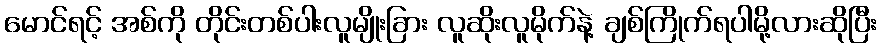
မောင်ရင့် အစ်ကို တိုင်းတစ်ပါးလူမျိုးခြား လူဆိုးလူမိုက်နဲ့ ချစ်ကြိုက်ရပါမို့လားဆိုပြီး